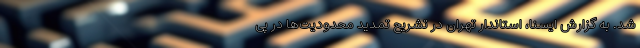
شد. به گزارش ایسنا، استاندار تهران در تشریح تمدید محدودیت‌ها در پی